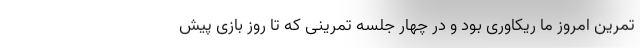
تمرین امروز ما ریکاوری بود و در چهار جلسه تمرینی که تا روز بازی پیش